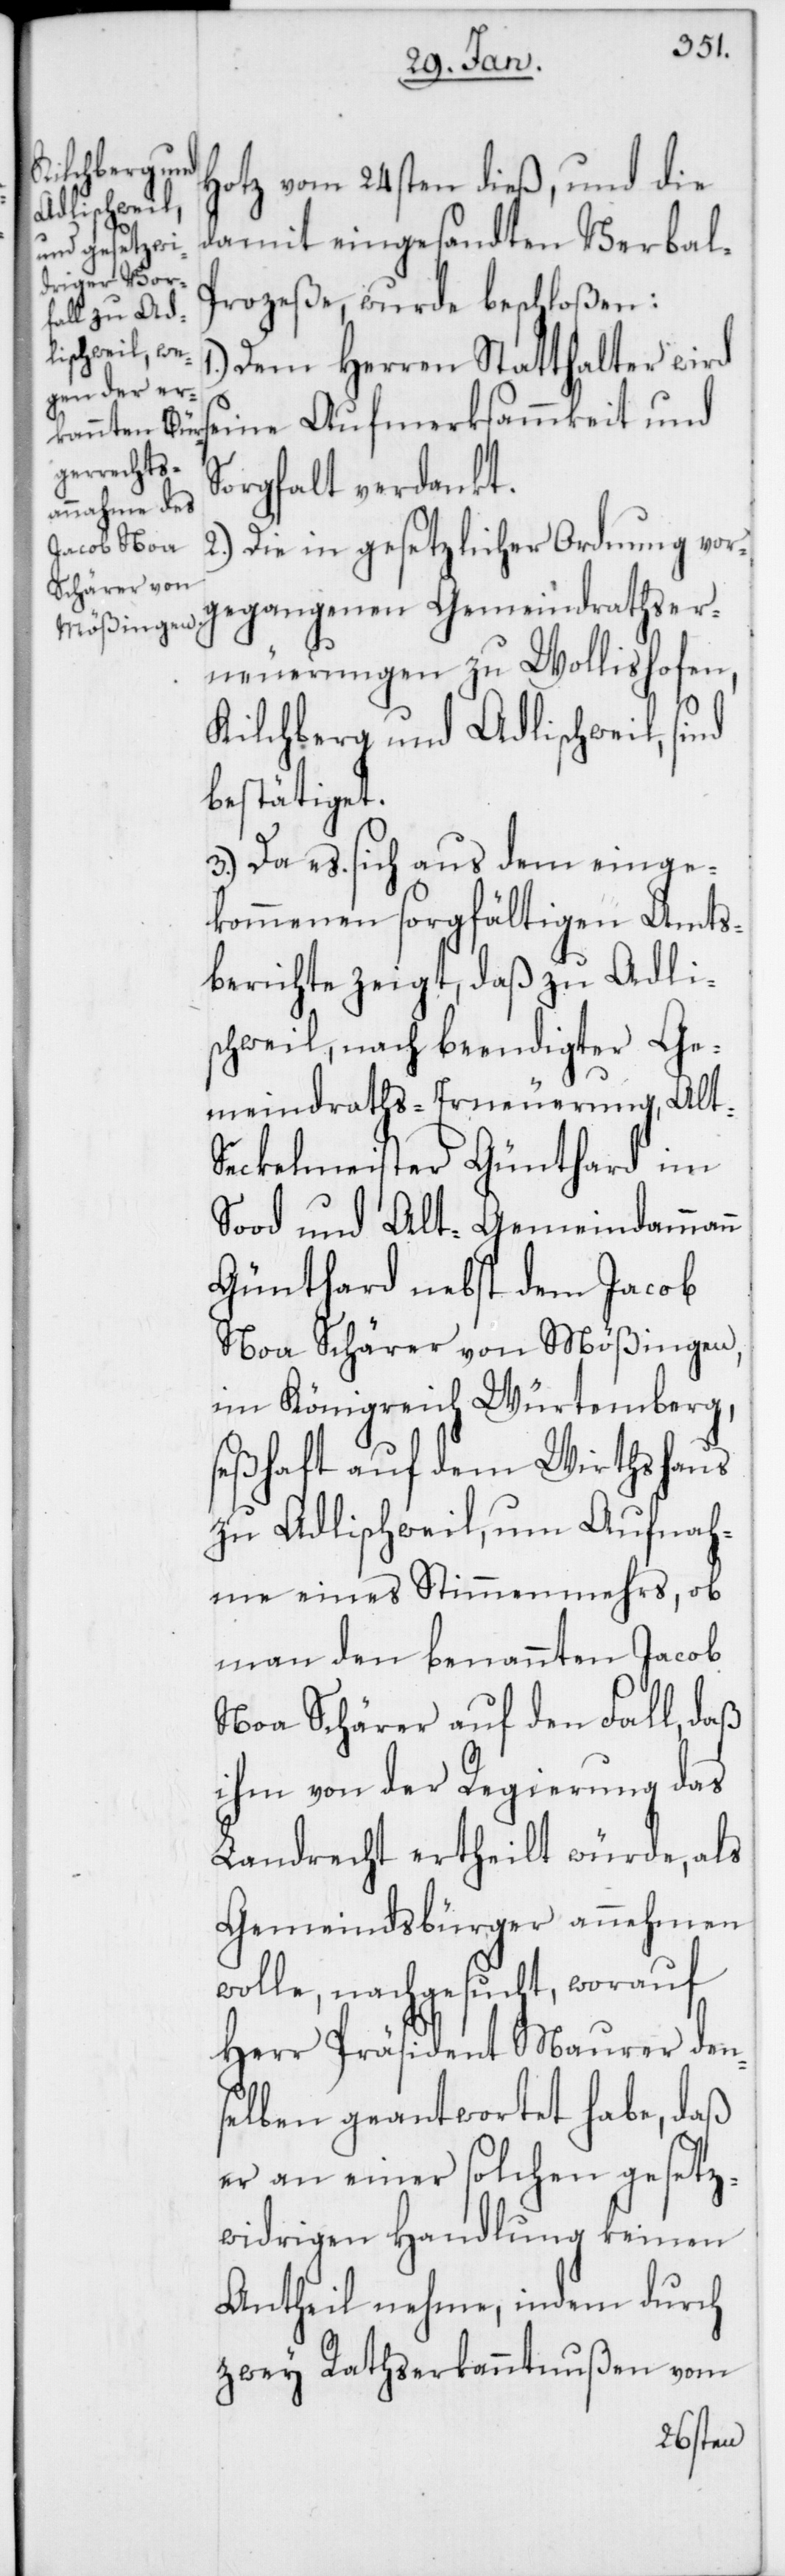
Hotz vom 24sten dieß, und die
damit eingesandten Verbal-P¬
rozeße, wurde beschloßen:
Dem Herren Statthalter wird
seine Aufmerksammkeit und
Sorgfalt verdankt.
2.) Die in gesetzlicher Ordnung vor¬
gegangenen Gemeindrathser¬
neuerungen zu Wollishofen,
Kilchberg und Adlischweil, sind
bestätiget.
3.) Da es sich aus dem einge¬
kommenen sorgfältigen Amts¬
berichte zeigt, daß zu Adli¬
schweil, nach beendigter Ge¬
meindraths-Erneuerung, Alt-S¬
eckelmeister Günthard im
Sood und Alt-Gemeindammann
Günthard nebst dem Jacob
Noa Schärer von Mößingen,
im Königreich Würtemberg,
seßhaft auf dem Wirthshaus
zu Adlischweil, um Aufnah¬
me eines Stimmenmehrs, ob
man den benannten Jacob
Noa Schärer auf den Fall, daß
ihm von der Regierung das
Landrecht ertheilt würde, als
Gemeindsbürger annehmen
wolle, nachgesucht, worauf
Herr Präsident Maurer den¬
selben geantwortet habe, daß
er an einer solchen gesetz¬
widrigen Handlung keinen
Antheil nehme, indem durch
zwey Rathserkanntnußen vom